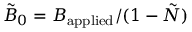
\tilde { B } _ { 0 } = B _ { \mathrm { a p p l i e d } } / ( 1 - \tilde { N } )